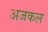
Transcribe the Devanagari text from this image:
अजकल